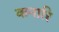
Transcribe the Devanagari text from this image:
कनारि